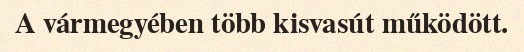
A vármegyében több kisvasút működött.